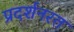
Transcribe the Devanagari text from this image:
प्रदर्शनरत